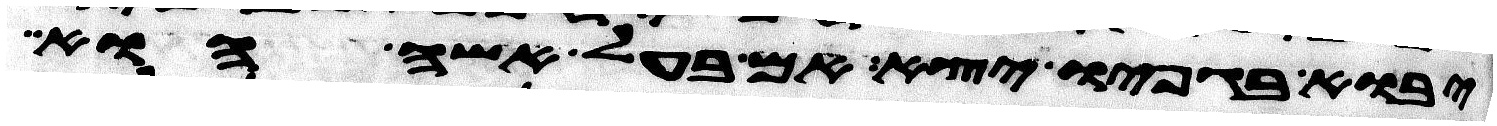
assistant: יבוא בגפיו יצא אם בעל אשה הוא